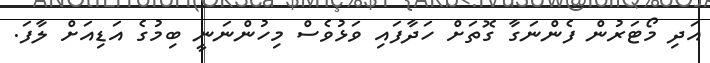
އަދި މޯޓަރުން ފެންނަގާ ގޮތަށް ހަދާފައި ވަޅުވެސް މިހުންނަނީ ބިމުގެ އަޑިއަށް ލާފަ.